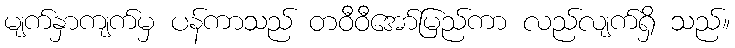
မျက်နှာကျက်မှ ပန်ကာသည် တဝီဝီအော်မြည်ကာ လည်လျက်ရှိ သည်။